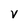
Character: V